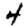
Digit: 4